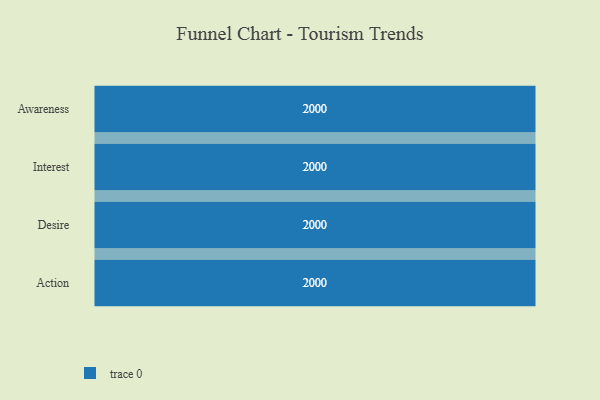
{"axis": {"x": "Stage", "y": "Value"}, "legend": [""], "data": [{"x": "Awareness", "y": 2000, "type": ""}, {"x": "Interest", "y": 2000, "type": ""}, {"x": "Desire", "y": 2000, "type": ""}, {"x": "Action", "y": 2000, "type": ""}]}